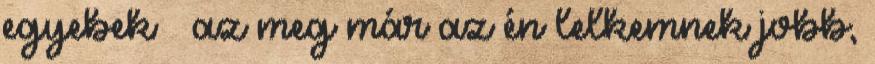
egyebek – az meg már az én lelkemnek jobb,